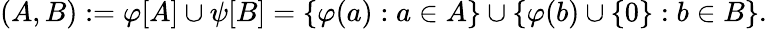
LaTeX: (A,B):=\varphi[A]\cup\psi[B]=\{ \varphi(a):a\in A\} \cup\{ \varphi(b)\cup\{ 0\} :b\in B\} .